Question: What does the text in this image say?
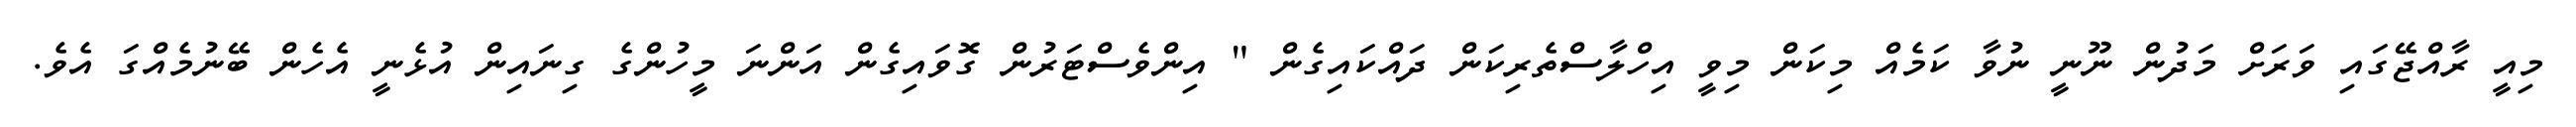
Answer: މިއީ ރާއްޖޭގައި ވަރަށް މަދުން ނޫނީ ނުވާ ކަމެއް މިކަން މިވީ އިހްލާސްތެރިކަން ދައްކައިގެން " އިންވެސްޓަރުން ގޮވައިގެން އަންނަ މީހުންގެ ގިނައިން އުޅެނީ އެހެން ބޭނުމެއްގަ އެވެ.